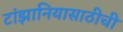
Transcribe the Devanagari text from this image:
टांझानियासाठीची